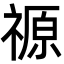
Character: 𮂋